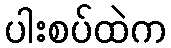
ပါးစပ်ထဲက